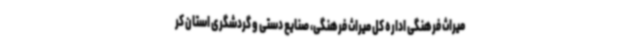
میراث فرهنگی اداره کل میراث فرهنگی، صنایع دستی و گردشگری استان کر